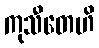
ကုသီတေဟိ